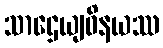
သာဌေယျဝိနယဿ